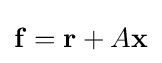
\mathbf {f} =\mathbf {r} +A\mathbf {x}